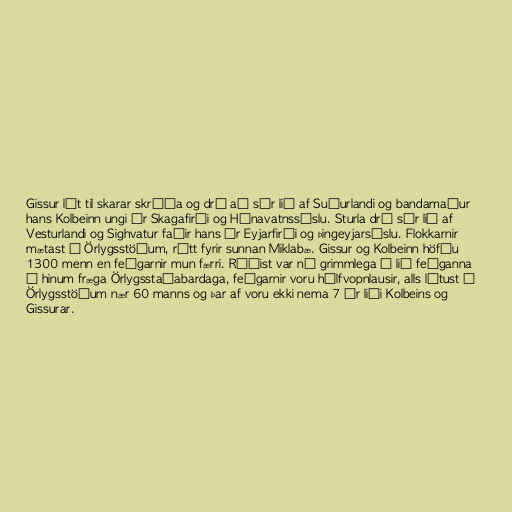
Gissur lét til skarar skríða og dró að sér lið af Suðurlandi og bandamaður
hans Kolbeinn ungi úr Skagafirði og Húnavatnssýslu. Sturla dró sér lið af
Vesturlandi og Sighvatur faðir hans úr Eyjarfirði og Þingeyjarsýslu. Flokkarnir
mætast á Örlygsstöðum, rétt fyrir sunnan Miklabæ. Gissur og Kolbeinn höfðu
1300 menn en feðgarnir mun færri. Ráðist var nú grimmlega á lið feðganna
í hinum fræga Örlygsstaðabardaga, feðgarnir voru hálfvopnlausir, alls létust á
Örlygsstöðum nær 60 manns og þar af voru ekki nema 7 úr liði Kolbeins og
Gissurar.